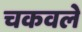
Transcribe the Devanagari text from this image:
चकवले